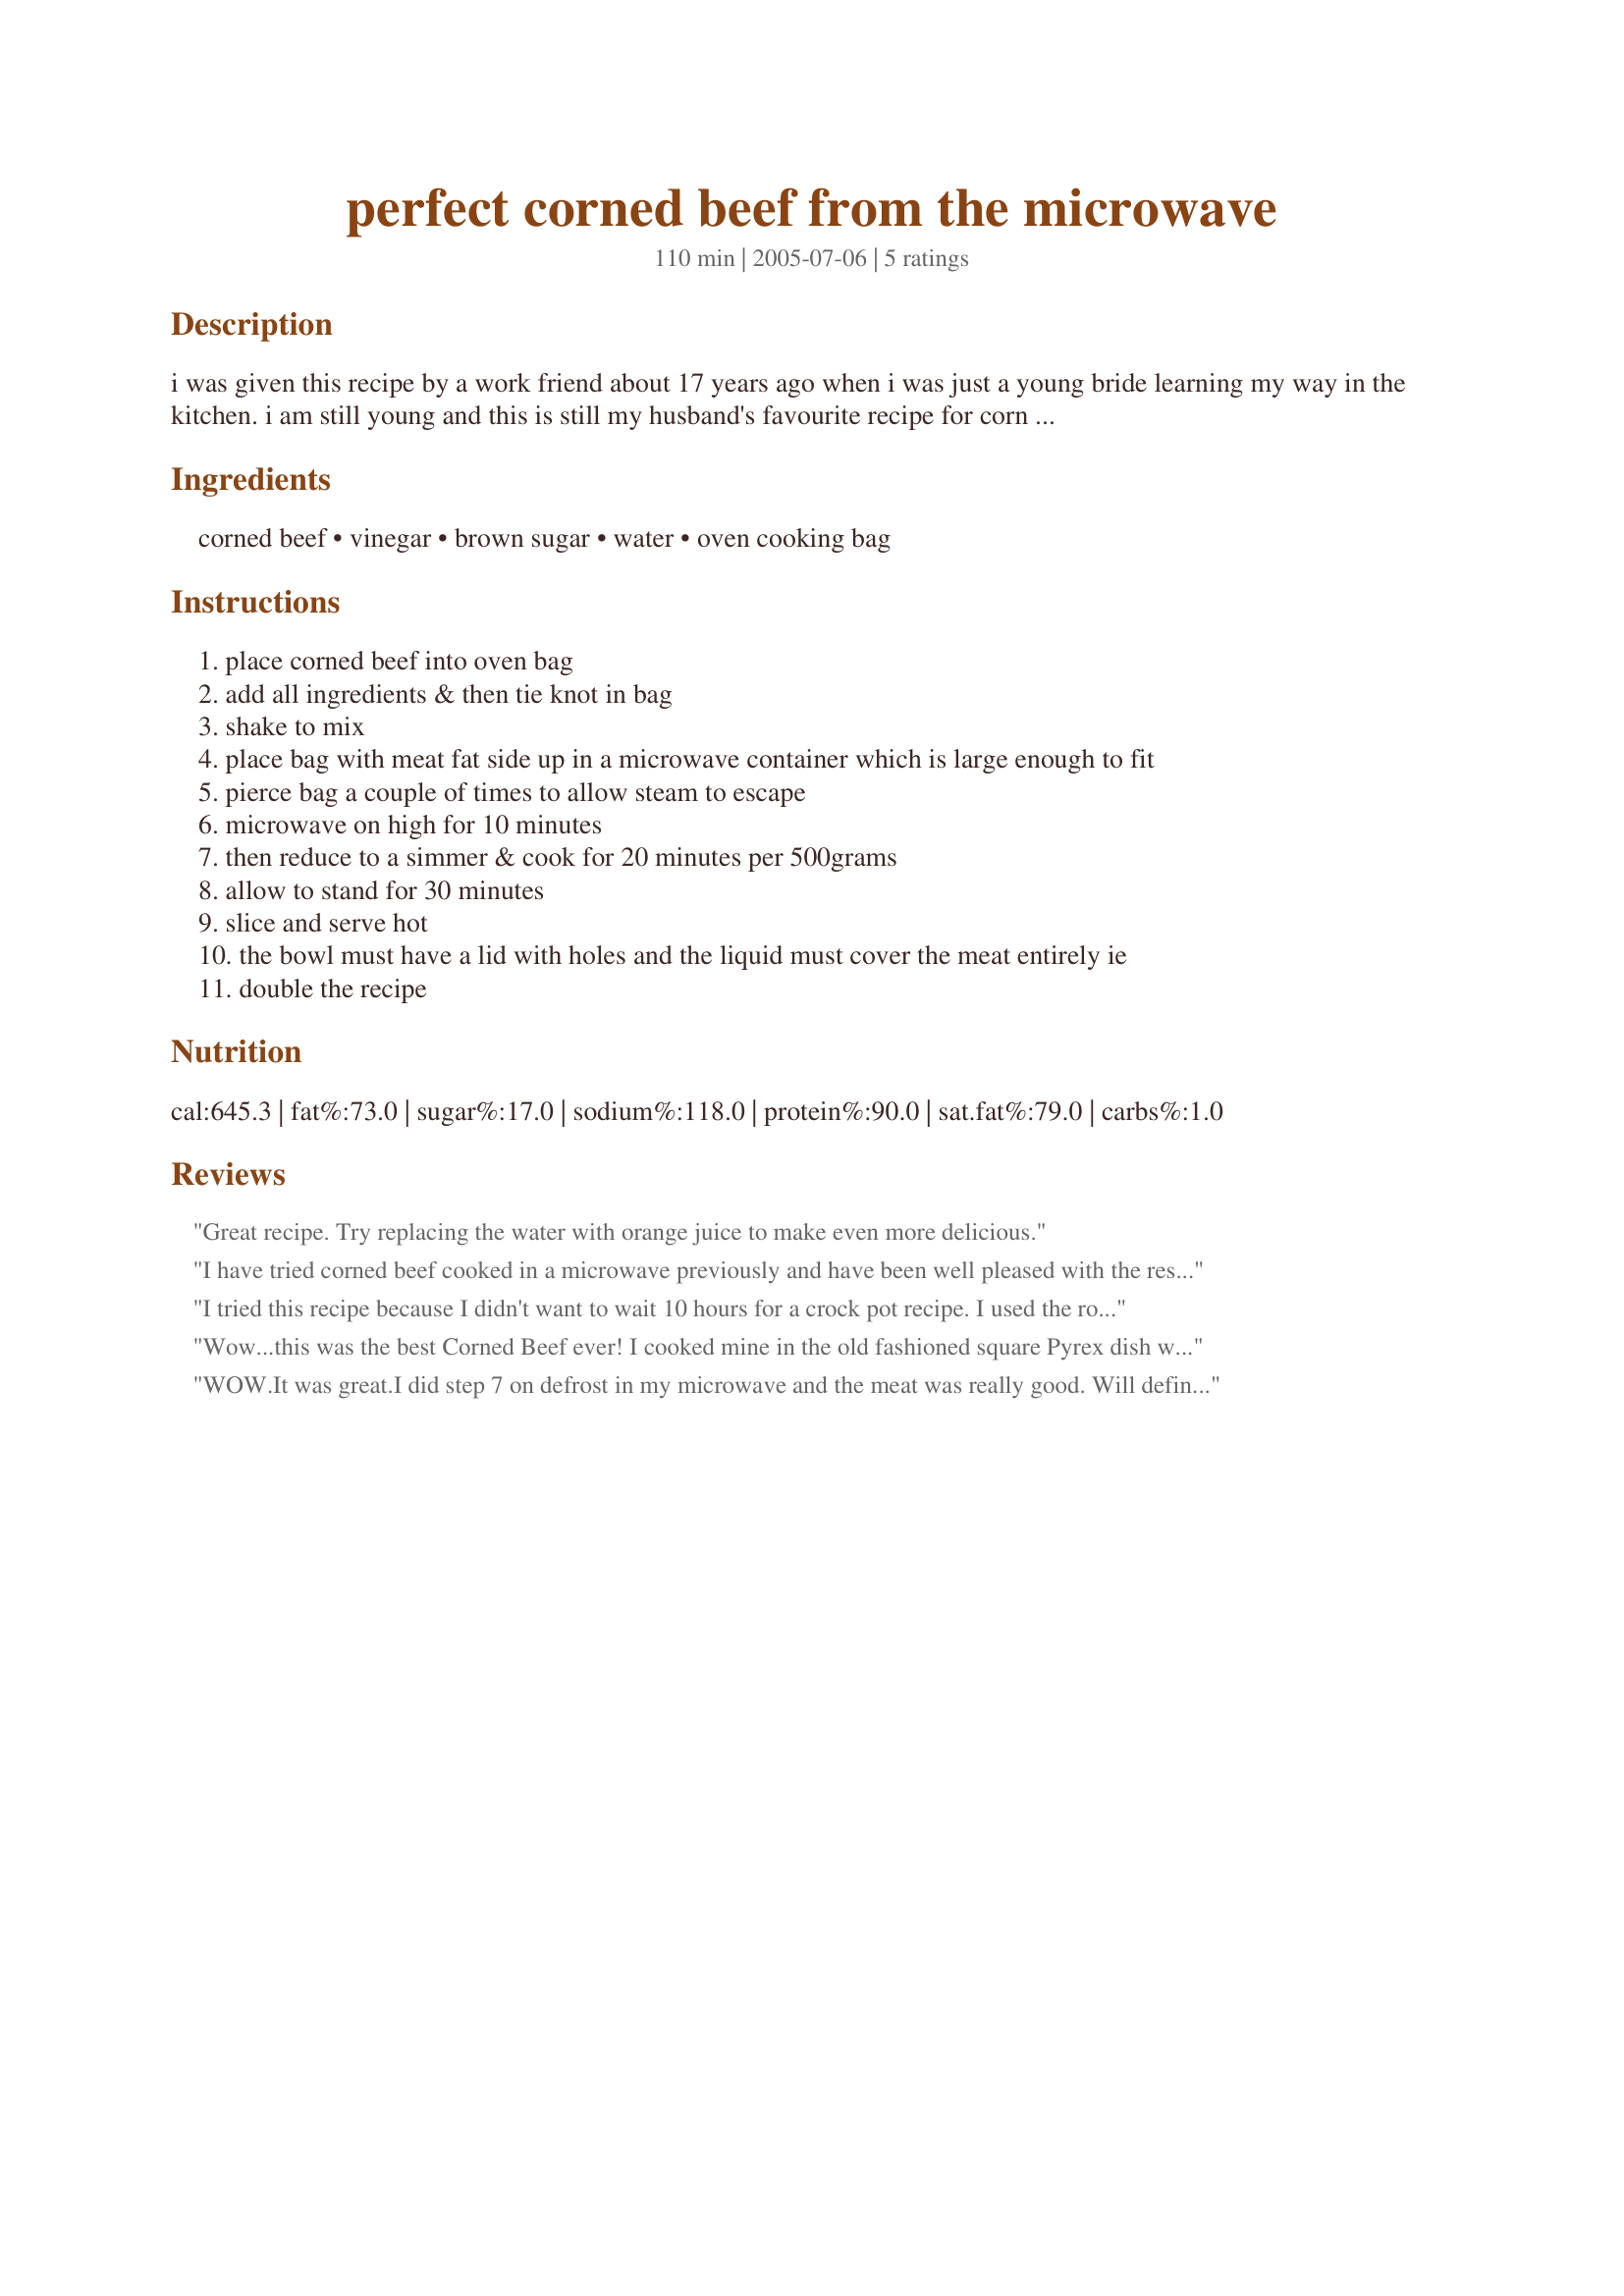
perfect corned beef from the microwave
Preparation time: 110 minutes

i was given this recipe by a work friend about 17 years ago when i was just a young bride learning my way in the kitchen. i am still young and this is still my husband's favourite recipe for corn beef. it's simple and the flavour is not cluttered up with cloves and onion.

Ingredients:
corned beef, vinegar, brown sugar, water, oven cooking bag

Steps:
place corned beef into oven bag
add all ingredients & then tie knot in bag
shake to mix
place bag with meat fat side up in a microwave container which is large enough to fit
pierce bag a couple of times to allow steam to escape
microwave on high for 10 minutes
then reduce to a simmer & cook for 20 minutes per 500grams
allow to stand for 30 minutes
slice and serve hot
the bowl must have a lid with holes and the liquid must cover the meat entirely ie
double the recipe

Reviews:
Great recipe. Try replacing the water with orange juice to make even more delicious.
I have tried corned beef cooked in a microwave previously and have been well pleased with the result, however, in the cook-bag was a genius idea! I used the recipe calling for brown sugar etc. but after the initial 10 minutes on high, I added some potatoes, broccoli, cauliflower and carrots; cooking on 60% for about 90 minutes and resting for about 20. Superb !!!
I tried this recipe because I didn't want to wait 10 hours for a crock pot recipe. I used the roasting bag but did not put any seasoning in. I micro waved the 3 lbs. of corned beef for 10 min. on high and then I sliced 2 small heads of cabbage and added them to the bag plus 1-1/2 cups of water. I microwaved it on #6 setting for 90 minutes and it was so-o-o good! I think it was the best we've tasted. No more roasting in the oven or cooking in the crock pot for me. This saved time and since I used the cooking bag, there was no clean up. What a great idea!
Wow...this was the best Corned Beef ever! I cooked mine in the old fashioned square Pyrex dish with lid and it worked out awesome. I did turn the meat over 2/3 of the way through and added vinegar flavored with garlic. Yummy, yummy, yummy to say the least. I love dishes that can be cooked fast & easy....this is definitely a keeper!
WOW.It was great.I did step 7 on defrost in my microwave and the meat was really good. Will definitely be using this recipe all the time now. Thanks
